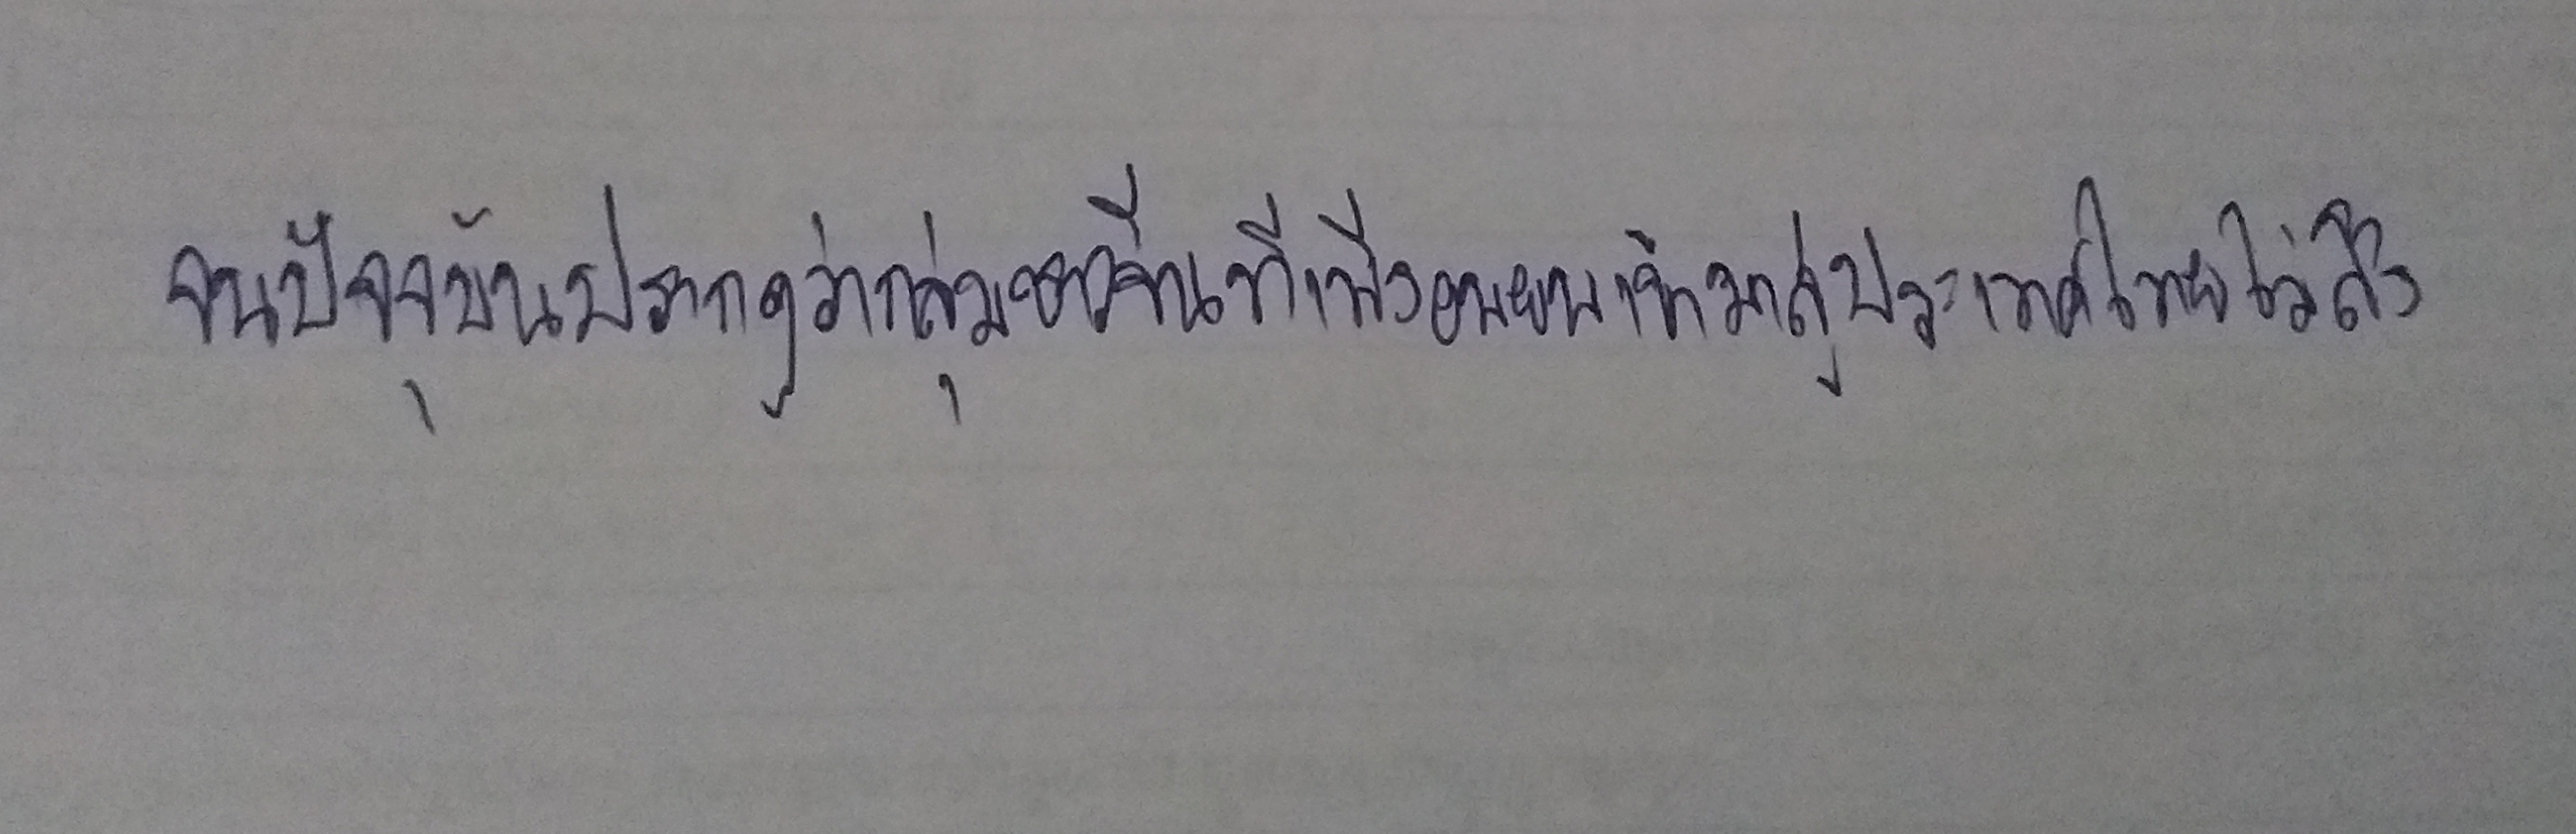
จนปัจจุบันปรากฏว่ากลุ่มชาวจีนที่เพิ่งอพยพเข้ามาสู่ประเทศไทยไม่ถึง